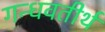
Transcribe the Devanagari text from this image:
गन्धवतीर्थ